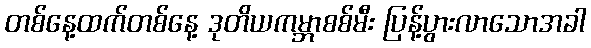
တစ်နေ့ထက်တစ်နေ့ ဒုတိယကမ္ဘာစစ်မီး ပြန့်ပွားလာသောအခါ